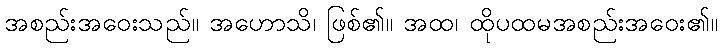
အစည်းအဝေးသည်။ အဟောသိ၊ ဖြစ်၏။ အထ၊ ထိုပထမအစည်းအဝေး၏။